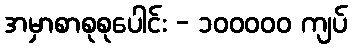
အမှာစာစုစုပေါင်း - ၁၀၀၀၀၀ ကျပ်